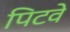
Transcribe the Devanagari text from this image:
पिटवे